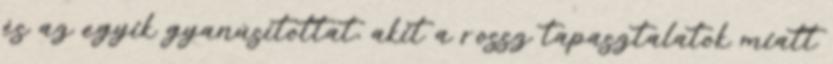
és az egyik gyanúsítottat, akit a rossz tapasztalatok miatt